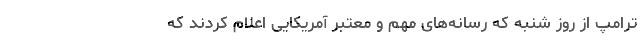
ترامپ از روز شنبه که رسانه‌های مهم و معتبر آمریکایی اعلام کردند که